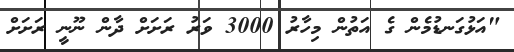
"އަޅުގަނޑުމެން ގެ އަތުން މިހާރު 3000 ވަރު ރަށަށް ދާން ނޫނީ ރަށަށް